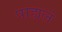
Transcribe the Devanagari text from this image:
पाह्यलं